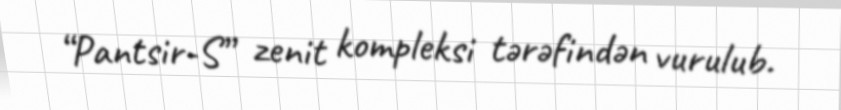
“Pantsir-S” zenit kompleksi tərəfindən vurulub.